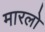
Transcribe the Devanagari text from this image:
मारलो